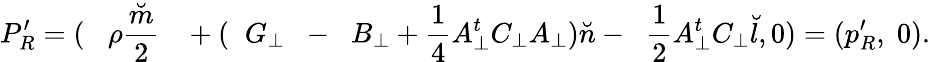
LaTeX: P_{R}^{\prime}=(\; \; \; {\rho}\frac{\breve{m}}{2}\; \; \; +(\; \; G_{\bot}\; \; -\; \; B_{\bot}+\frac{1}{4}A_{\bot}^{t}C_{\bot}A_{\bot}){\breve{n}}-\; \; \frac{1}{2}A_{\bot}^{t}C_{\bot}{\breve{l}},0)=(p_{R}^{\prime},\; 0).